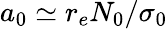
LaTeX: a_{0}\simeq r_{e}N_{0}/\sigma_{0}